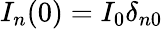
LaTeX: I_{n}(0)=I_{0}\delta_{n0}